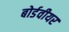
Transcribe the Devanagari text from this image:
बोर्डवीयर